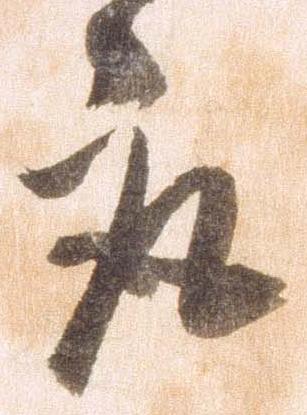
取